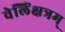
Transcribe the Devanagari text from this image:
वेलिंक्षत्रम्